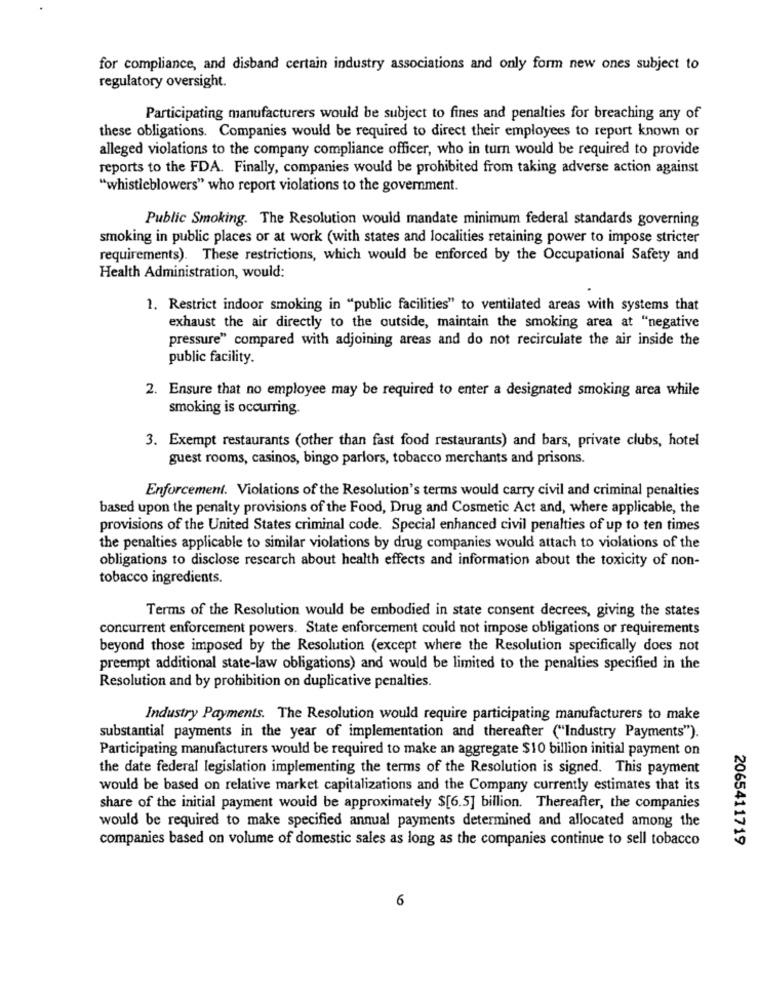
for compliance, and disband certain industry associations and only form new ones subject to
regulatory oversight.
Participating manufacturers would be subject to fines and penalties for breaching any of
these obligations. Companies would be required to direct their employees to report known or
alleged violations to the company compliance officer, who in turn would be required to provide
reports to the FDA. Finally, companies would be prohibited from taking adverse action against
"whistleblowers" who report violations to the government.
Public Smoking. The Resolution would mandate minimum federal standards governing
smoking in public places or at work (with states and localities retaining power to impose stricter
requirements). These restrictions, which would be enforced by the Occupational Safety and
Health Administration, would:
1. Restrict indoor smoking in "public facilities" to ventilated areas with systems that
exhaust the air directly to the outside, maintain the smoking area at "negative
pressure" compared with adjoining areas and do not recirculate the air inside the
public facility.
2. Ensure that no employee may be required to enter a designated smoking area while
smoking is occurring.
3. Exempt restaurants (other than fast food restaurants) and bars, private clubs, hotel
guest rooms, casinos, bingo parlors, tobacco merchants and prisons.
Enforcement. Violations of the Resolution's terms would carry civil and criminal penalties
based upon the penalty provisions of the Food, Drug and Cosmetic Act and, where applicable, the
provisions of the United States criminal code. Special enhanced civil penalties of up to ten times
the penalties applicable to similar violations by drug companies would attach to violations of the
obligations to disclose rescarch about health effects and information about the toxicity of non-
tobacco ingredients.
Terms of the Resolution would be embodied in state consent decrees, giving the states
concurrent enforcement powers. State enforcement could not impose obligations or requirements
beyond those imposed by the Resolution (except where the Resolution specifically does not
preempt additional state-law obligations) and would be limited to the penalties specified in the
Resolution and by prohibition on duplicative penalties.
Industry Payments. The Resolution would require participating manufacturers to make
substantial payments in the year of implementation and thereafter ("Industry Payments").
Participating manufacturers would be required to make an aggregate $10 billion initial payment on
the date federal legislation implementing the terms of the Resolution is signed. This payment
would be based on relative market capitalizations and the Company currently estimates that its
share of the initial payment would be approximately $[6.5] billion. Thereafter, the companies
would be required to make specified annual payments determined and allocated among the
companies based on volume of domestic sales as long as the companies continue to sell tobacco
2065411719
6